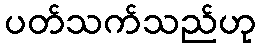
ပတ်သက်သည်ဟု